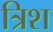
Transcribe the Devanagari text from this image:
त्रिश